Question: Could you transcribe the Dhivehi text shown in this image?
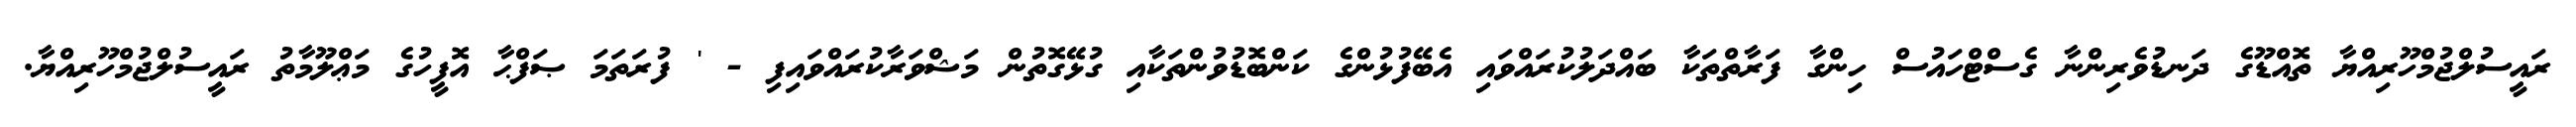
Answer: ރައީސުލްޖުމްހޫރިއްޔާ ތޮއްޑޫގެ ދަނޑުވެރިންނާ ގެސްޓްހައުސް ހިންގާ ފަރާތްތަކާ ބައްދަލުކުރައްވައި އެބޭފުޅުންގެ ކަންބޮޑުވުންތަކާއި ގުޅޭގޮތުން މަޝްވަރާކުރައްވައިފި - ' ފުރަތަމަ ޞަފްޙާ އޮފީހުގެ މަޢްލޫމާތު ރައީސުލްޖުމްހޫރިއްޔާ.